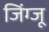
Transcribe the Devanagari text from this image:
जिंग्जू